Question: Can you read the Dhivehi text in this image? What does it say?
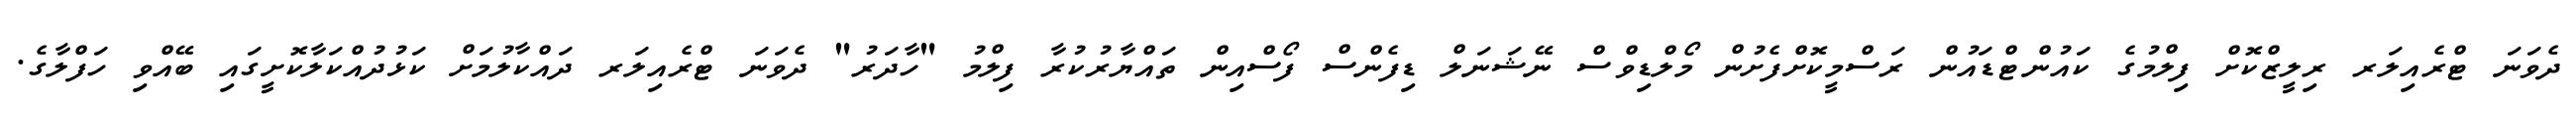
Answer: ދެވަނަ ޓްރެއިލަރ ރިލީޒްކޮށް ފިލްމުގެ ކައުންޓްޑައުން ރަސްމީކޮށްފެށުން މޯލްޑިވްސް ނޭޝަނަލް ޑިފެންސް ފޯސްއިން ތައްޔާރުކުރާ ފިލްމު "ހާދަރު" ދެވަނަ ޓްރެއިލަރ ދައްކާލުމަށް ކަޅުދުއްކަލާކޮށީގައި ބޭއްވި ހަފްލާގެ.